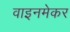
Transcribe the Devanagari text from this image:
वाइनमेकर